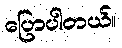
ပြောပါတယ်။